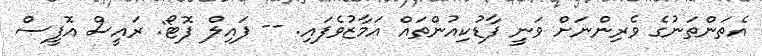
އެތަންތަނުގެ ވެރިންނަށް ވަނީ ފާޑުކިއުންތައް އަމާޒުވެފައި. -- ފައިލް ފޮޓޯ: ރައީސް އޮފީސް